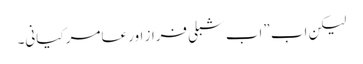
لیکن اب ”اب شبلی فراز اور عامر کیانی۔